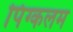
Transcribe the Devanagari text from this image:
पिंग्कलम